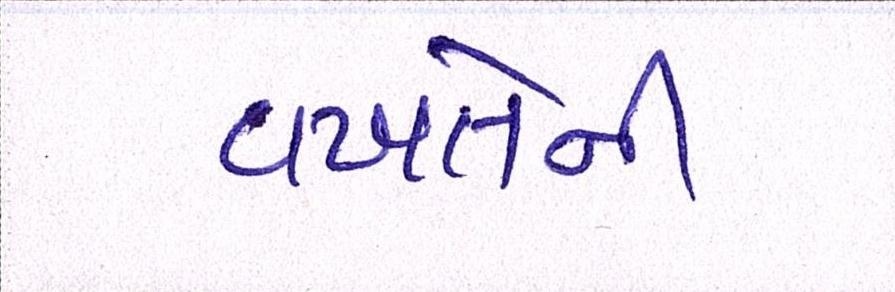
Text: વખતેની